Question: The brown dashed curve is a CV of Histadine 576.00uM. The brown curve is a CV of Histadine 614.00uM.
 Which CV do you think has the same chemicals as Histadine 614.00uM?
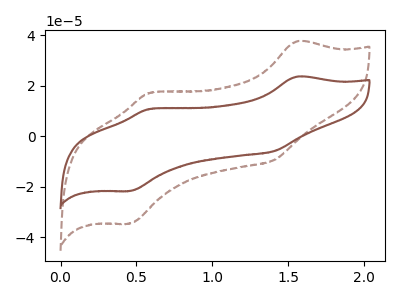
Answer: <think>The brown dashed curve "Histadine 576.00uM" has anodic peaks at (1.55V, 37.55uA) (0.60V, 17.20uA) and cathodic peaks at (1.40V, -9.30uA) (0.45V, -34.60uA). The brown curve "Histadine 614.00uM" has anodic peaks at (1.55V, 23.55uA) (0.60V, 10.80uA) and cathodic peaks at (1.40V, -5.85uA) (0.45V, -21.70uA).
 All the peaks in "Histadine 576.00uM" have a peak in "Histadine 614.00uM" at the same potential. Every peak in "Histadine 576.00uM" is higher than every peak in "Histadine 614.00uM".</think>
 <answer>The CV with the most similar shape to "Histadine 576.00uM" is "Histadine 614.00uM".</answer>
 <eval>"Histadine 614.00uM"</eval>